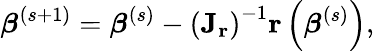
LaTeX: {\boldsymbol{\beta}}^{(s+1)}={\boldsymbol{\beta}}^{(s)}-\left(\mathbf{J_{r}}\right)^{-1}\mathbf{r}\left({\boldsymbol{\beta}}^{(s)}\right),